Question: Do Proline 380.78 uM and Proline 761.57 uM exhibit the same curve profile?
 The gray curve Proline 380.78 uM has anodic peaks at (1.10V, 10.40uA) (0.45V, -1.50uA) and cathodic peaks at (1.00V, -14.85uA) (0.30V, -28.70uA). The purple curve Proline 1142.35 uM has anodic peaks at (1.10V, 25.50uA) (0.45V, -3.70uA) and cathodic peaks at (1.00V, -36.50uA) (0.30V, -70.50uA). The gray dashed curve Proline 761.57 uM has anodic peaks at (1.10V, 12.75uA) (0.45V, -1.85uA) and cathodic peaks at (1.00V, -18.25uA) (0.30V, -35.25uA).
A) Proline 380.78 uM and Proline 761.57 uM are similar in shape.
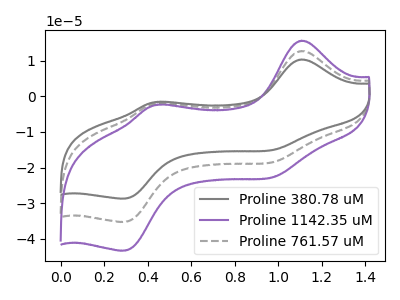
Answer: <think>All the peaks in "Proline 380.78 uM" have a peak in "Proline 761.57 uM" at the same potential.
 </think>
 <answer>A) "Proline 380.78 uM" and "Proline 761.57 uM" are similar in shape.</answer>
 <eval>A</eval>